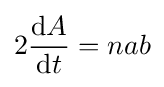
2{\frac {\mathrm {d} A}{\mathrm {d} t}}=nab